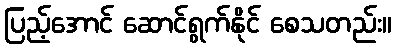
ပြည့်အောင် ဆောင်ရွက်နိုင် စေသတည်း။